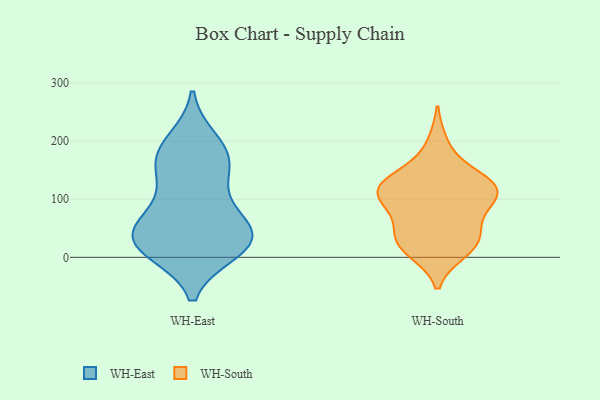
{"axis": {"x": "Shipments", "y": "Value"}, "legend": ["WH-East", "WH-South"], "data": [{"x": "", "y": 16, "type": "WH-East"}, {"x": "", "y": 78, "type": "WH-East"}, {"x": "", "y": 20, "type": "WH-East"}, {"x": "", "y": 43, "type": "WH-East"}, {"x": "", "y": 186, "type": "WH-East"}, {"x": "", "y": 43, "type": "WH-East"}, {"x": "", "y": 111, "type": "WH-East"}, {"x": "", "y": 146, "type": "WH-East"}, {"x": "", "y": 42, "type": "WH-East"}, {"x": "", "y": 165, "type": "WH-East"}, {"x": "", "y": 200, "type": "WH-East"}, {"x": "", "y": 49, "type": "WH-East"}, {"x": "", "y": 11, "type": "WH-East"}, {"x": "", "y": 19, "type": "WH-East"}, {"x": "", "y": 169, "type": "WH-East"}, {"x": "", "y": 87, "type": "WH-South"}, {"x": "", "y": 195, "type": "WH-South"}, {"x": "", "y": 34, "type": "WH-South"}, {"x": "", "y": 103, "type": "WH-South"}, {"x": "", "y": 101, "type": "WH-South"}, {"x": "", "y": 60, "type": "WH-South"}, {"x": "", "y": 14, "type": "WH-South"}, {"x": "", "y": 122, "type": "WH-South"}, {"x": "", "y": 144, "type": "WH-South"}, {"x": "", "y": 126, "type": "WH-South"}, {"x": "", "y": 107, "type": "WH-South"}, {"x": "", "y": 120, "type": "WH-South"}, {"x": "", "y": 37, "type": "WH-South"}, {"x": "", "y": 11, "type": "WH-South"}, {"x": "", "y": 130, "type": "WH-South"}, {"x": "", "y": 27, "type": "WH-South"}]}